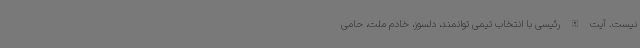
نیست. آیت الله رئیسی با انتخاب تیمی توانمند، دلسوز، خادم ملت، حامی